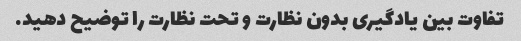
تفاوت بین یادگیری بدون نظارت و تحت نظارت را توضیح دهید.